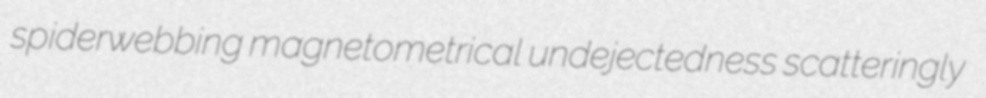
spiderwebbing magnetometrical undejectedness scatteringly